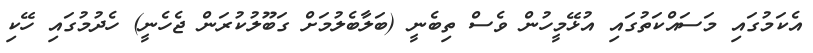
އެކަމުގައި މަސައްކަތުގައި އުޅޭމީހުން ވެސް ތިބެނީ (ބަލާބެލުމަށް ގަބޫލުކުރަން ޖެހެނީ) ހެދުމުގައި ހޭކި